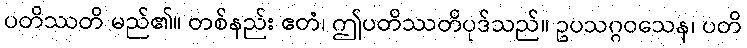
ပတိဿတိ မည်၏။ တစ်နည်း ဧတံ၊ ဤပတိဿတိပုဒ်သည်။ ဥပသဂ္ဂဝသေန၊ ပတိ